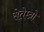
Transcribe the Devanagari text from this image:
सेतेम्ब्रो